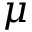
\mu